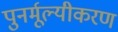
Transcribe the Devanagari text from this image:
पुनर्मूल्यीकरण